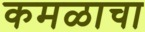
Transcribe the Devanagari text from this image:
कमळाचा